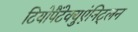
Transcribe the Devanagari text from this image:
टियोपैंटेक्युएंनिट्लन